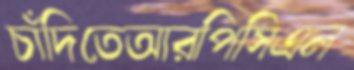
চাঁদিতেআরপিসিএল